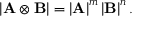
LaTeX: \left| \mathbf { A } \otimes \mathbf { B } \right| = \left| \mathbf { A } \right| ^ { m } \left| \mathbf { B } \right| ^ { n } .